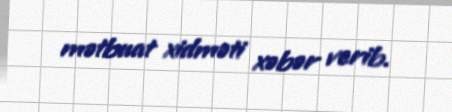
mətbuat xidməti xəbər verib.